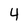
Character: 4